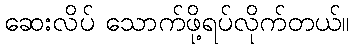
ဆေးလိပ် သောက်ဖို့ရပ်လိုက်တယ်။